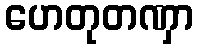
ဟေတုတဏှာ